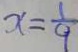
x = \frac { 1 } { 9 }